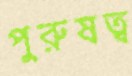
পুরুষত্ব